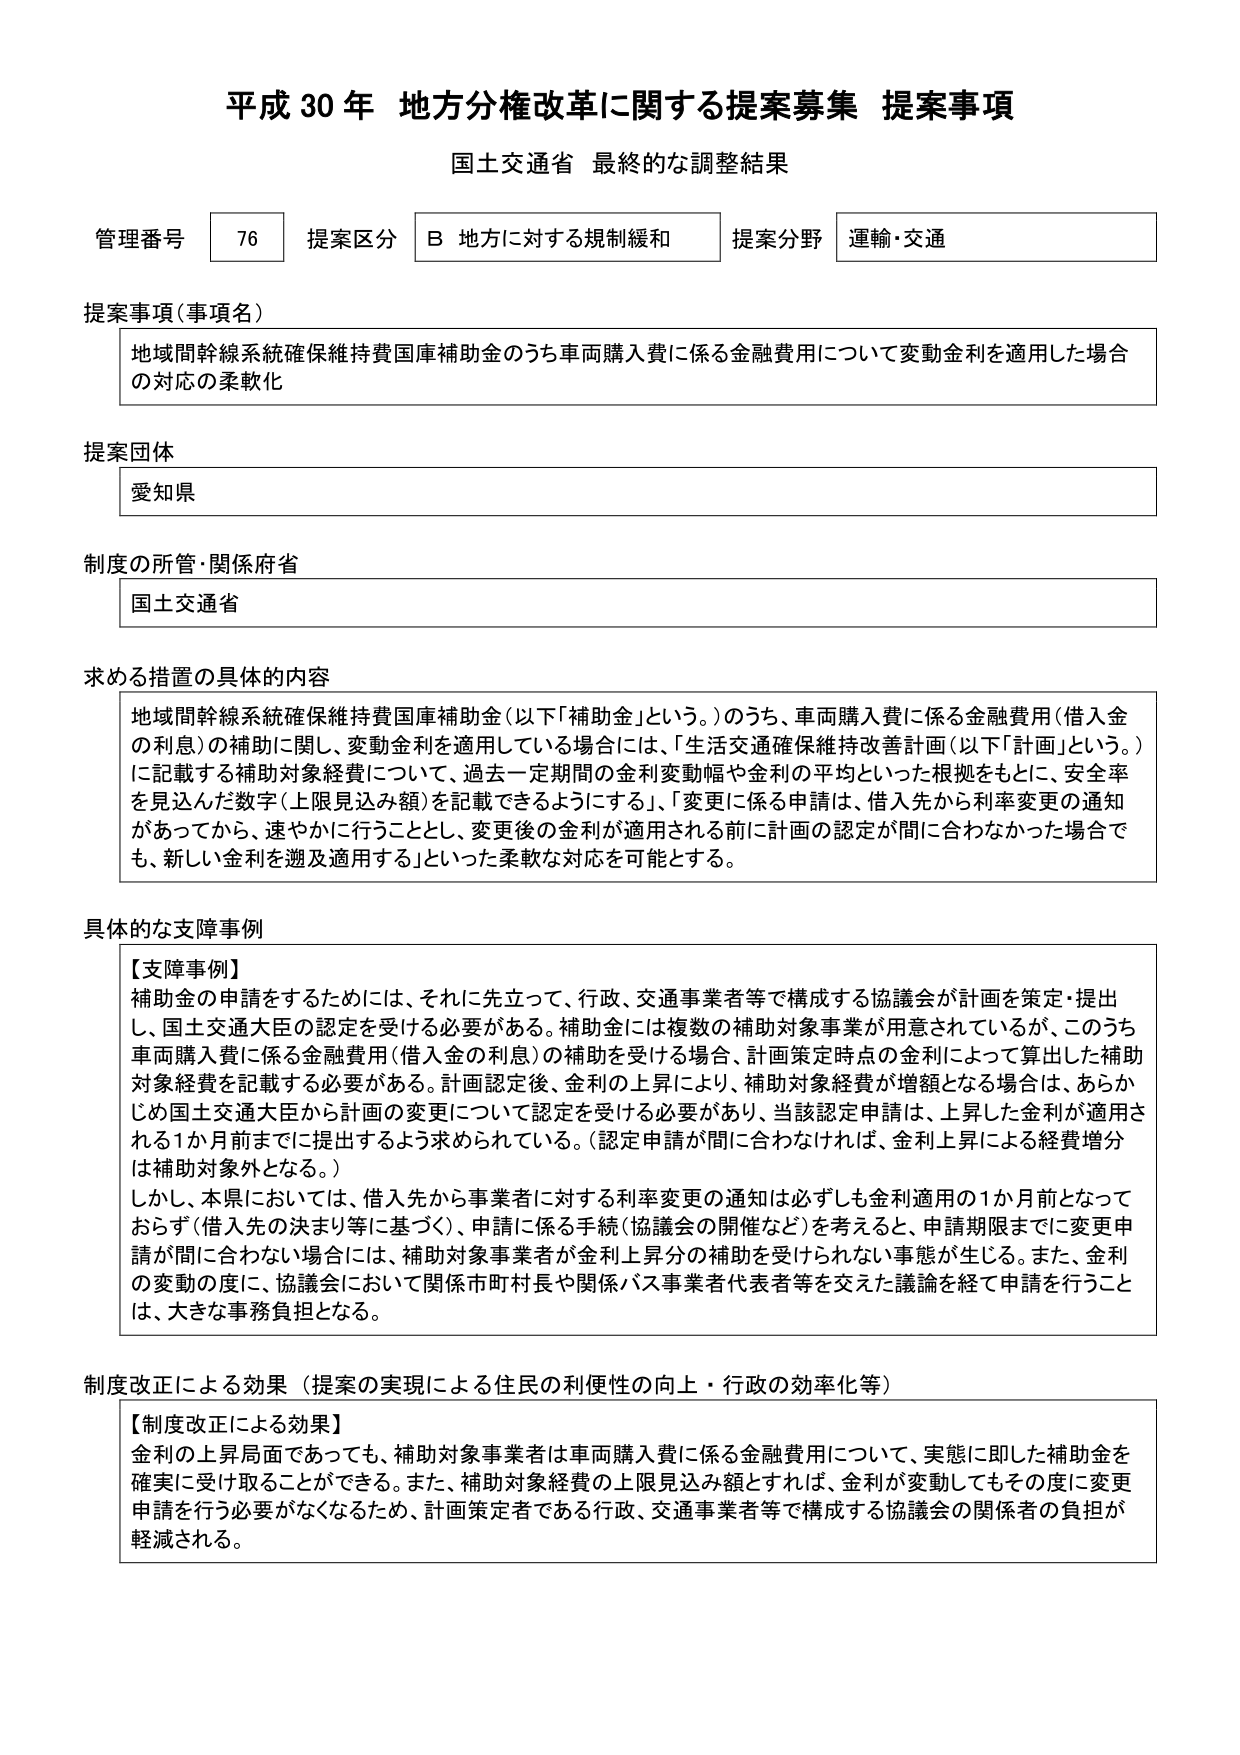
平成30年 地方分権改革に関する提案募集 提案事項
国土交通省 最終的な調整結果

管理番号 76 提案区分 B 地方に対する規制緩和 提案分野 運輸・交通

提案事項（事項名）
地域間幹線系統確保維持費国庫補助金のうち車両購入費に係る金融費用について変動金利を適用した場合の対応の柔軟化

提案団体
愛知県

制度の所管・関係府省
国土交通省

求める措置の具体的内容
地域間幹線系統確保維持費国庫補助金（以下「補助金」という。）のうち、車両購入費に係る金融費用（借入金の利息）の補助に関して、変動金利を適用している場合には、「生活交通確保維持改善計画（以下「計画」という。）に記載する補助対象経費について、過去一定期間の金利変動幅や金利の平均といった根拠をもとに、安全率を見込んだ数字（上限見込み額）を記載できるようにする」、「変更に係る申請は、借入先から利率変更の通知があってから、速やかに行うこととし、変更後の金利が適用される前に計画の認定が間に合わなかった場合でも、新しい金利を遡及適用する」といった柔軟な対応を可能とする。

具体的な支障事例
【支障事例】
補助金の申請をするためには、それに先立って、行政、交通事業者等で構成する協議会が計画を策定・提出し、国土交通大臣の認定を受ける必要がある。補助金には複数の補助対象事業が用意されているが、このうち車両購入費に係る金融費用（借入金の利息）の補助を受ける場合、計画策定時点の金利によって算出した補助対象経費を記載する必要がある。計画認定後、金利の上昇により、補助対象経費が増額となる場合は、あらかじめ国土交通大臣から計画の変更について認定を受ける必要があり、当該認定申請は、上昇した金利が適用される1か月前までに提出するよう求められている。（認定申請が間に合わなければ、金利上昇による経費増分は補助対象外となる。）
しかし、本県においては、借入先から事業者に対する利率変更の通知は必ずしも金利適用の1か月前となっておらず（借入先の決まり等に基づく）、申請に係る手続（協議会の開催など）を考えると、申請期限までに変更申請が間に合わない場合には、補助対象事業者が金利上昇分の補助を受けられない事態が生じる。また、金利の変動の度に、協議会において関係市町村長や関係バス事業者代表者等を交えた議論を経て申請を行うことは、大きな事務負担となる。

制度改正による効果（提案の実現による住民の利便性の向上・行政の効率化等）
【制度改正による効果】
金利の上昇局面であっても、補助対象事業者は車両購入費に係る金融費用について、実態に即した補助金を確実に受け取ることができる。また、補助対象経費の上限見込み額とすれば、金利が変動してもその度に変更申請を行う必要がなくなるため、計画策定者である行政、交通事業者等で構成する協議会の関係者の負担が軽減される。